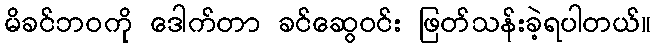
မိခင်ဘဝကို ဒေါက်တာ ခင်ဆွေဝင်း ဖြတ်သန်းခဲ့ရပါတယ်။